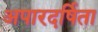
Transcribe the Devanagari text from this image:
अपारदर्षिता